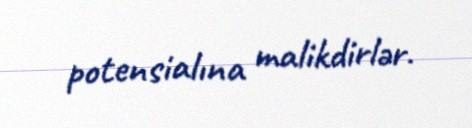
potensialına malikdirlər.